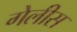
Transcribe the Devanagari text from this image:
गेलीस